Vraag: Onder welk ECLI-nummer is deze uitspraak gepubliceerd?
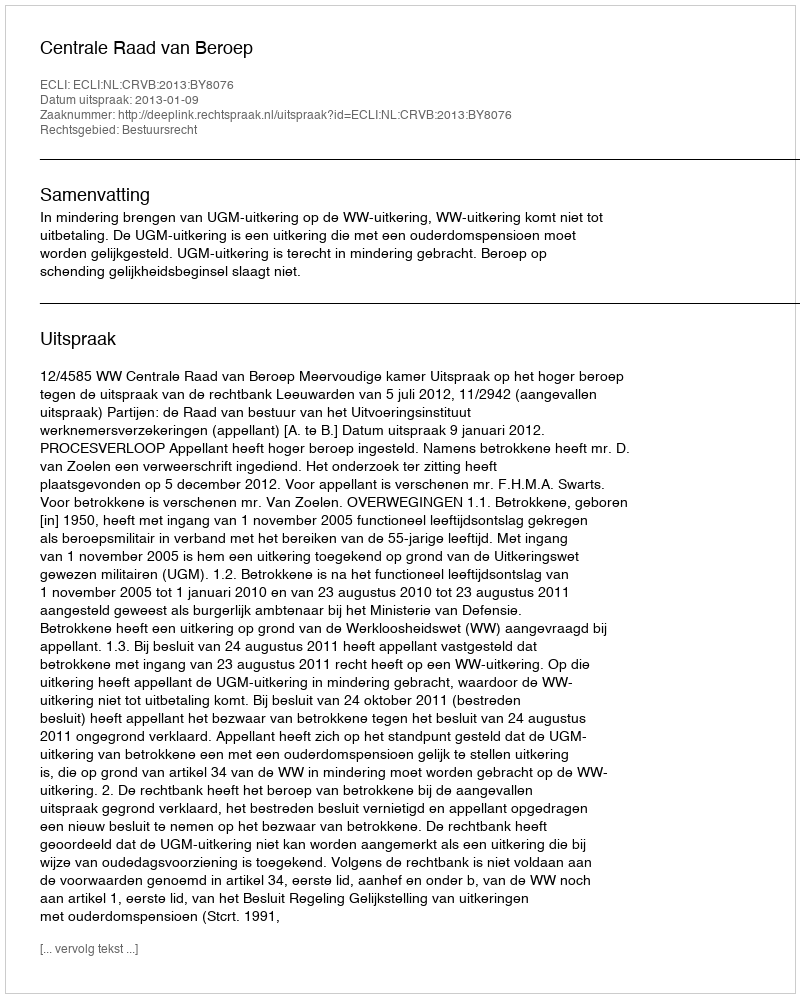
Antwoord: ECLI:NL:CRVB:2013:BY8076